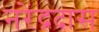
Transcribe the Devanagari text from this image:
नरेंद्रदास